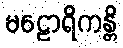
မဠောရိကန္တိ